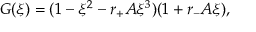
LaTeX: G ( \xi ) = ( 1 - \xi ^ { 2 } - r _ { + } A \xi ^ { 3 } ) ( 1 + r _ { - } A \xi ) ,